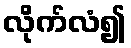
လိုက်လံ၍